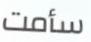
سأمت